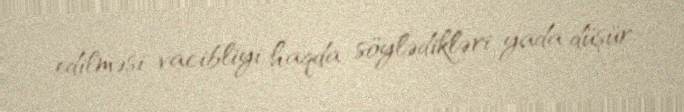
edilməsi vacibliyi haqda söylədikləri yada düşür.